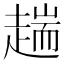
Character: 𧼴